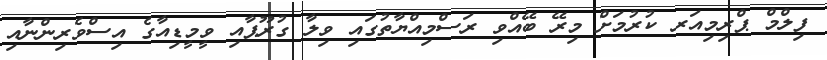
ފިލްމް ޕްރިމިއަރ ކުރުމަށް މިރޭ ބޭއްވި ރަސްމިއްޔާތުގައި ވިލާ ގުރޫޕާއި ވީމީޑިއާގެ އިސްވެރިންނާއި